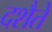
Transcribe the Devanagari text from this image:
दशैते